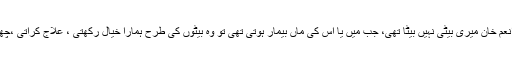
اس موقع پر انعم خان کے والد مسعود خان کا کہنا تھا انعم خان میری بیٹی نہیں بیٹا تھی، جب میں یا اس کی ماں بیمار ہوتی تھی تو وہ بیٹوں کی طرح ہمارا خیال رکھتی ، علاج کراتی ،چھوٹے بھائی اور دو چھوٹی بہنوں کا بھی خیال رکھتی ۔